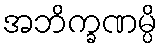
အဘိက္ခဏမ္ပိ